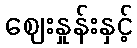
ဈေးနှုန်းနှင့်